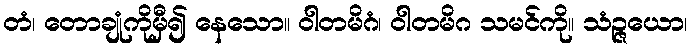
တံ၊ တောချုံကိုမှီ၍ နေသော။ ဝါတမိဂံ၊ ဝါတမိဂ သမင်ကို။ သံဉ္ဇယော၊